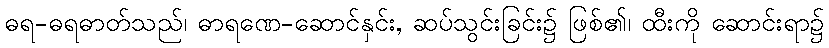
ဓရ-ဓရဓာတ်သည်၊ ဓာရဏေ-ဆောင်နှင်း, ဆပ်သွင်းခြင်း၌ ဖြစ်၏၊ ထီးကို ဆောင်းရာ၌